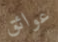
عوائق